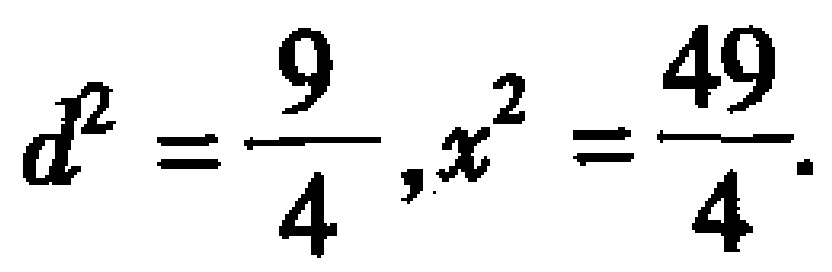
$d^{2}=\frac{9}{4},x^{2}=\frac{49}{4}$